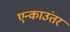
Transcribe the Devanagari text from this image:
एन्काउंतर